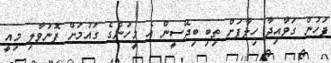
ފަހުން ގަވާއިދާ ހިލާފަށް ތިބި ބިދޭސީން އެ މީހުންގެ ގައުމަށް ފޮނުވާލި މިއީ